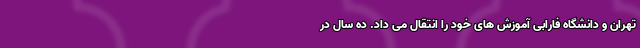
تهران و دانشگاه فارابی آموزش های خود را انتقال می داد. ده سال در